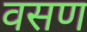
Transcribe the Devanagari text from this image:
वसण